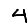
Digit: 4